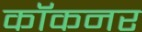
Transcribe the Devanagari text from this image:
कॉकनर